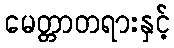
မေတ္တာတရားနှင့်